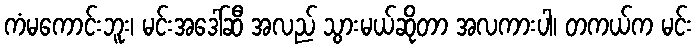
ကံမကောင်းဘူး၊ မင်းအဒေါ်ဆီ အလည် သွားမယ်ဆိုတာ အလကားပါ၊ တကယ်က မင်း